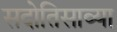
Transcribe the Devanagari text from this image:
सदोतिसाव्या